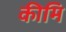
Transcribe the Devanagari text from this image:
कीमि